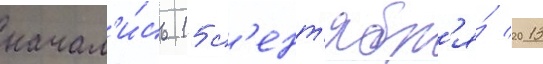
начал'и́сь 15 с'ент'ябр'я́ 2013